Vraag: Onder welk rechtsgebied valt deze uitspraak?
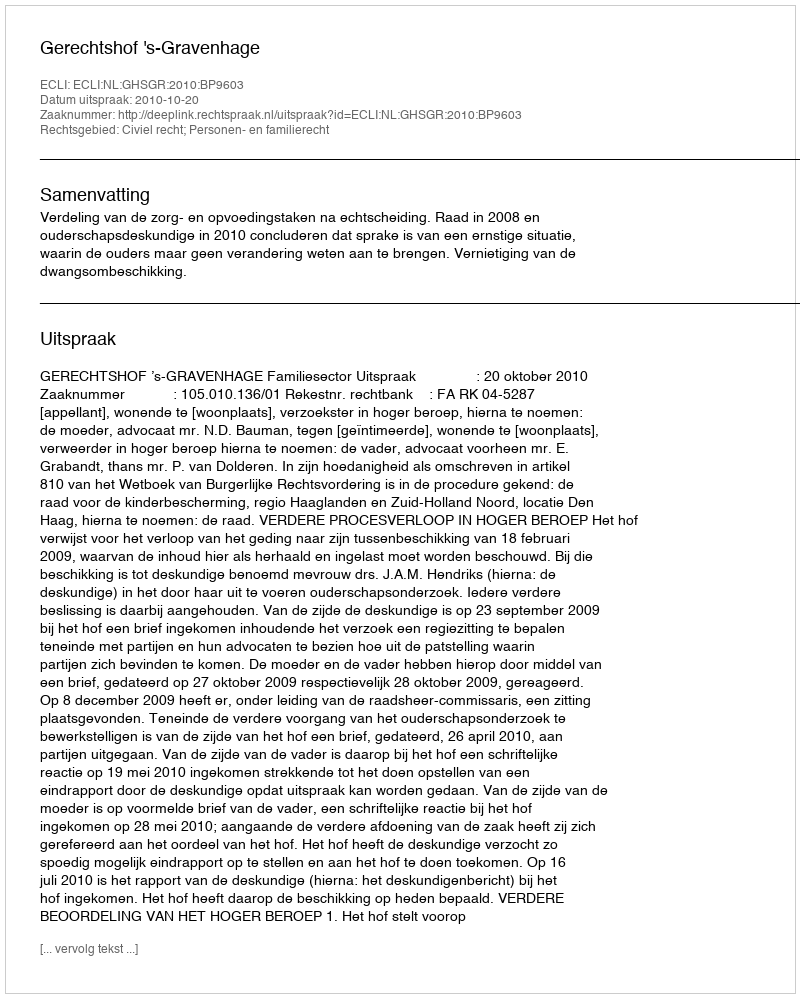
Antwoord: Civiel recht; Personen- en familierecht